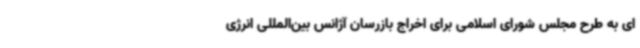
ای به طرح مجلس شورای اسلامی برای اخراج بازرسان آژانس بین‌المللی انرژی